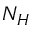
N _ { H }